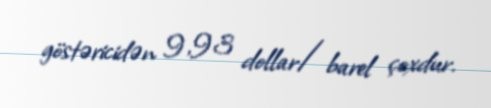
göstəricidən 9,93 dollar/barel çoxdur.